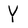
Character: Y